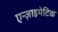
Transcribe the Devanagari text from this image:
एन्ज़ाइमेटिक